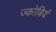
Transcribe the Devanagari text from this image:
ज्कोबियं